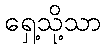
ရှေ့သို့သာ